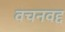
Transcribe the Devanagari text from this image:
वचनवद्द